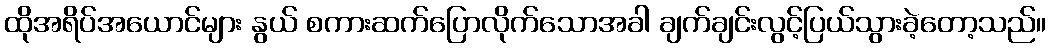
ထိုအရိပ်အယောင်များ နွယ် စကားဆက်ပြောလိုက်သောအခါ ချက်ချင်းလွင့်ပြယ်သွားခဲ့တော့သည်။